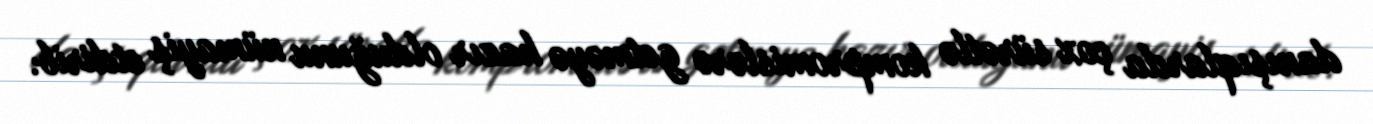
danışıqlarda çox sürətlə kompromislərə getməyə hazır olduğunu nümayiş etdirib.